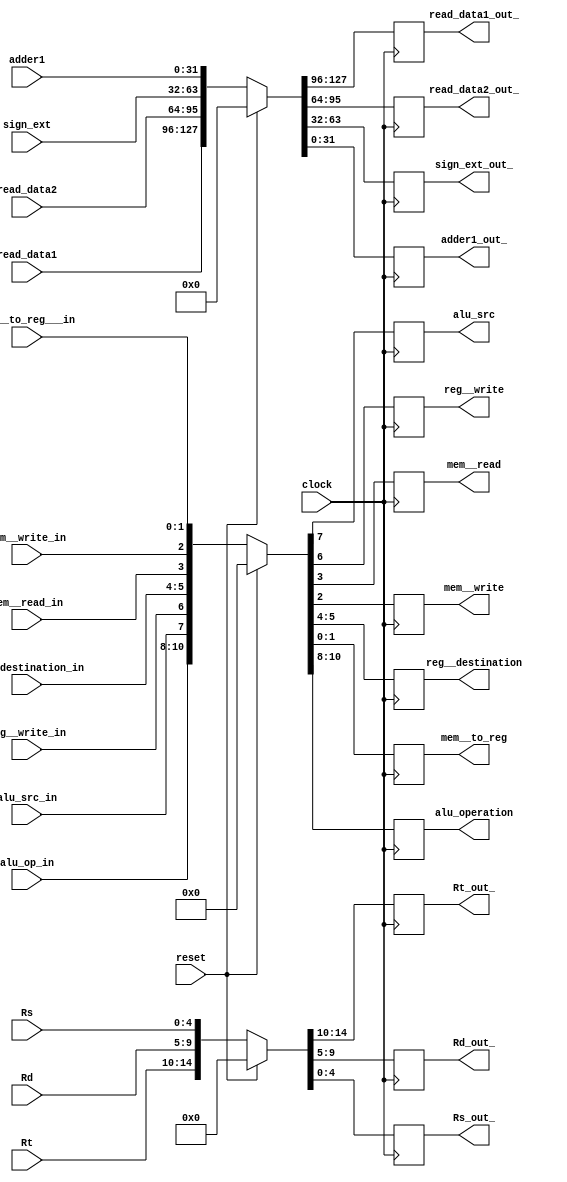
module IDEX (clock, reset, alu_op_in, alu_src_in, reg__write_in, reg__destination_in, mem__read_in, mem__write_in, mem__to_reg___in, alu_operation, alu_src, reg__write, reg__destination, mem__read, mem__write, mem__to_reg,
 read_data1, read_data2, sign_ext, Rt, Rd, Rs, adder1, read_data1_out_, read_data2_out_, sign_ext_out_, Rt_out_, Rd_out_, Rs_out_, adder1_out_);
    input clock, reset,alu_src_in,reg__write_in,mem__read_in, mem__write_in;
    input [1:0] reg__destination_in;
    input [2:0] alu_op_in;
    input [1:0] mem__to_reg___in;
    output reg alu_src,reg__write,mem__read, mem__write;
    output reg [1:0] reg__destination, mem__to_reg;
    output reg [2:0] alu_operation;
    input [31:0] read_data1, read_data2, sign_ext;
    input [4:0] Rt, Rd, Rs;
    input [31:0] adder1;
    output reg [31:0] read_data1_out_, read_data2_out_, sign_ext_out_;
    output reg [4:0] Rt_out_, Rd_out_, Rs_out_;
    output reg [31:0] adder1_out_;
    always @(posedge clock)
    begin
        if (reset) begin
            {alu_operation, alu_src, reg__write, reg__destination, mem__read, mem__write, mem__to_reg} <= {11'd0};
            {read_data1_out_, read_data2_out_, sign_ext_out_, adder1_out_} <= {128'b0};
            {Rt_out_, Rd_out_, Rs_out_} <= {15'b0};
        end
        else begin
            {alu_operation, alu_src, reg__write, reg__destination, mem__read, mem__write, mem__to_reg} <= {alu_op_in, alu_src_in, reg__write_in, reg__destination_in, mem__read_in, mem__write_in, mem__to_reg___in};
            {read_data1_out_, read_data2_out_, sign_ext_out_, adder1_out_} <= {read_data1, read_data2, sign_ext, adder1};
            {Rt_out_, Rd_out_, Rs_out_} <= {Rt, Rd, Rs};
        end
    end 
endmodule